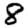
Digit: 8